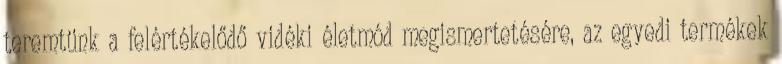
teremtünk a felértékelődő vidéki életmód megismertetésére, az egyedi termékek